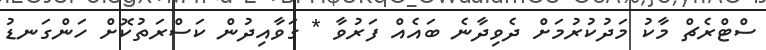
ސްޓްރެޗް މާކު މަދުކުރުމަށް ދެވިދާނެ ބައެއް ފަރުވާ * ގަވާއިދުން ކަސްރަތުކޮށް ހަންގަނޑު